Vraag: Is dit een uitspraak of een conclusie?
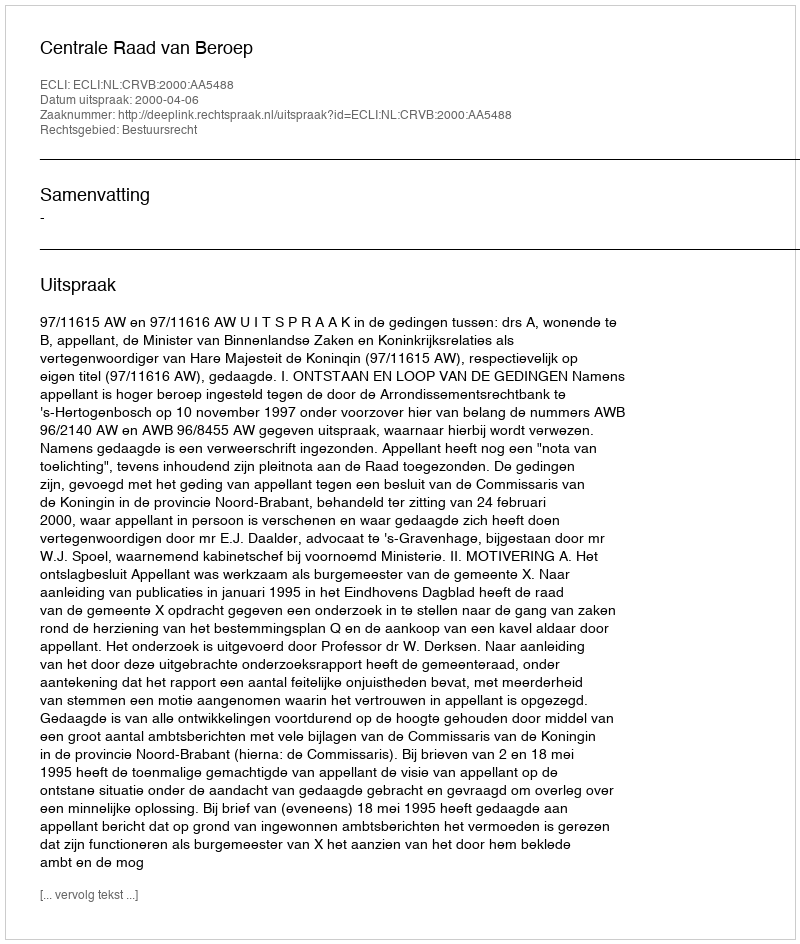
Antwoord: Uitspraak